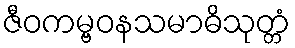
ဇီဝကမ္ဗဝနသမာဓိသုတ္တံ